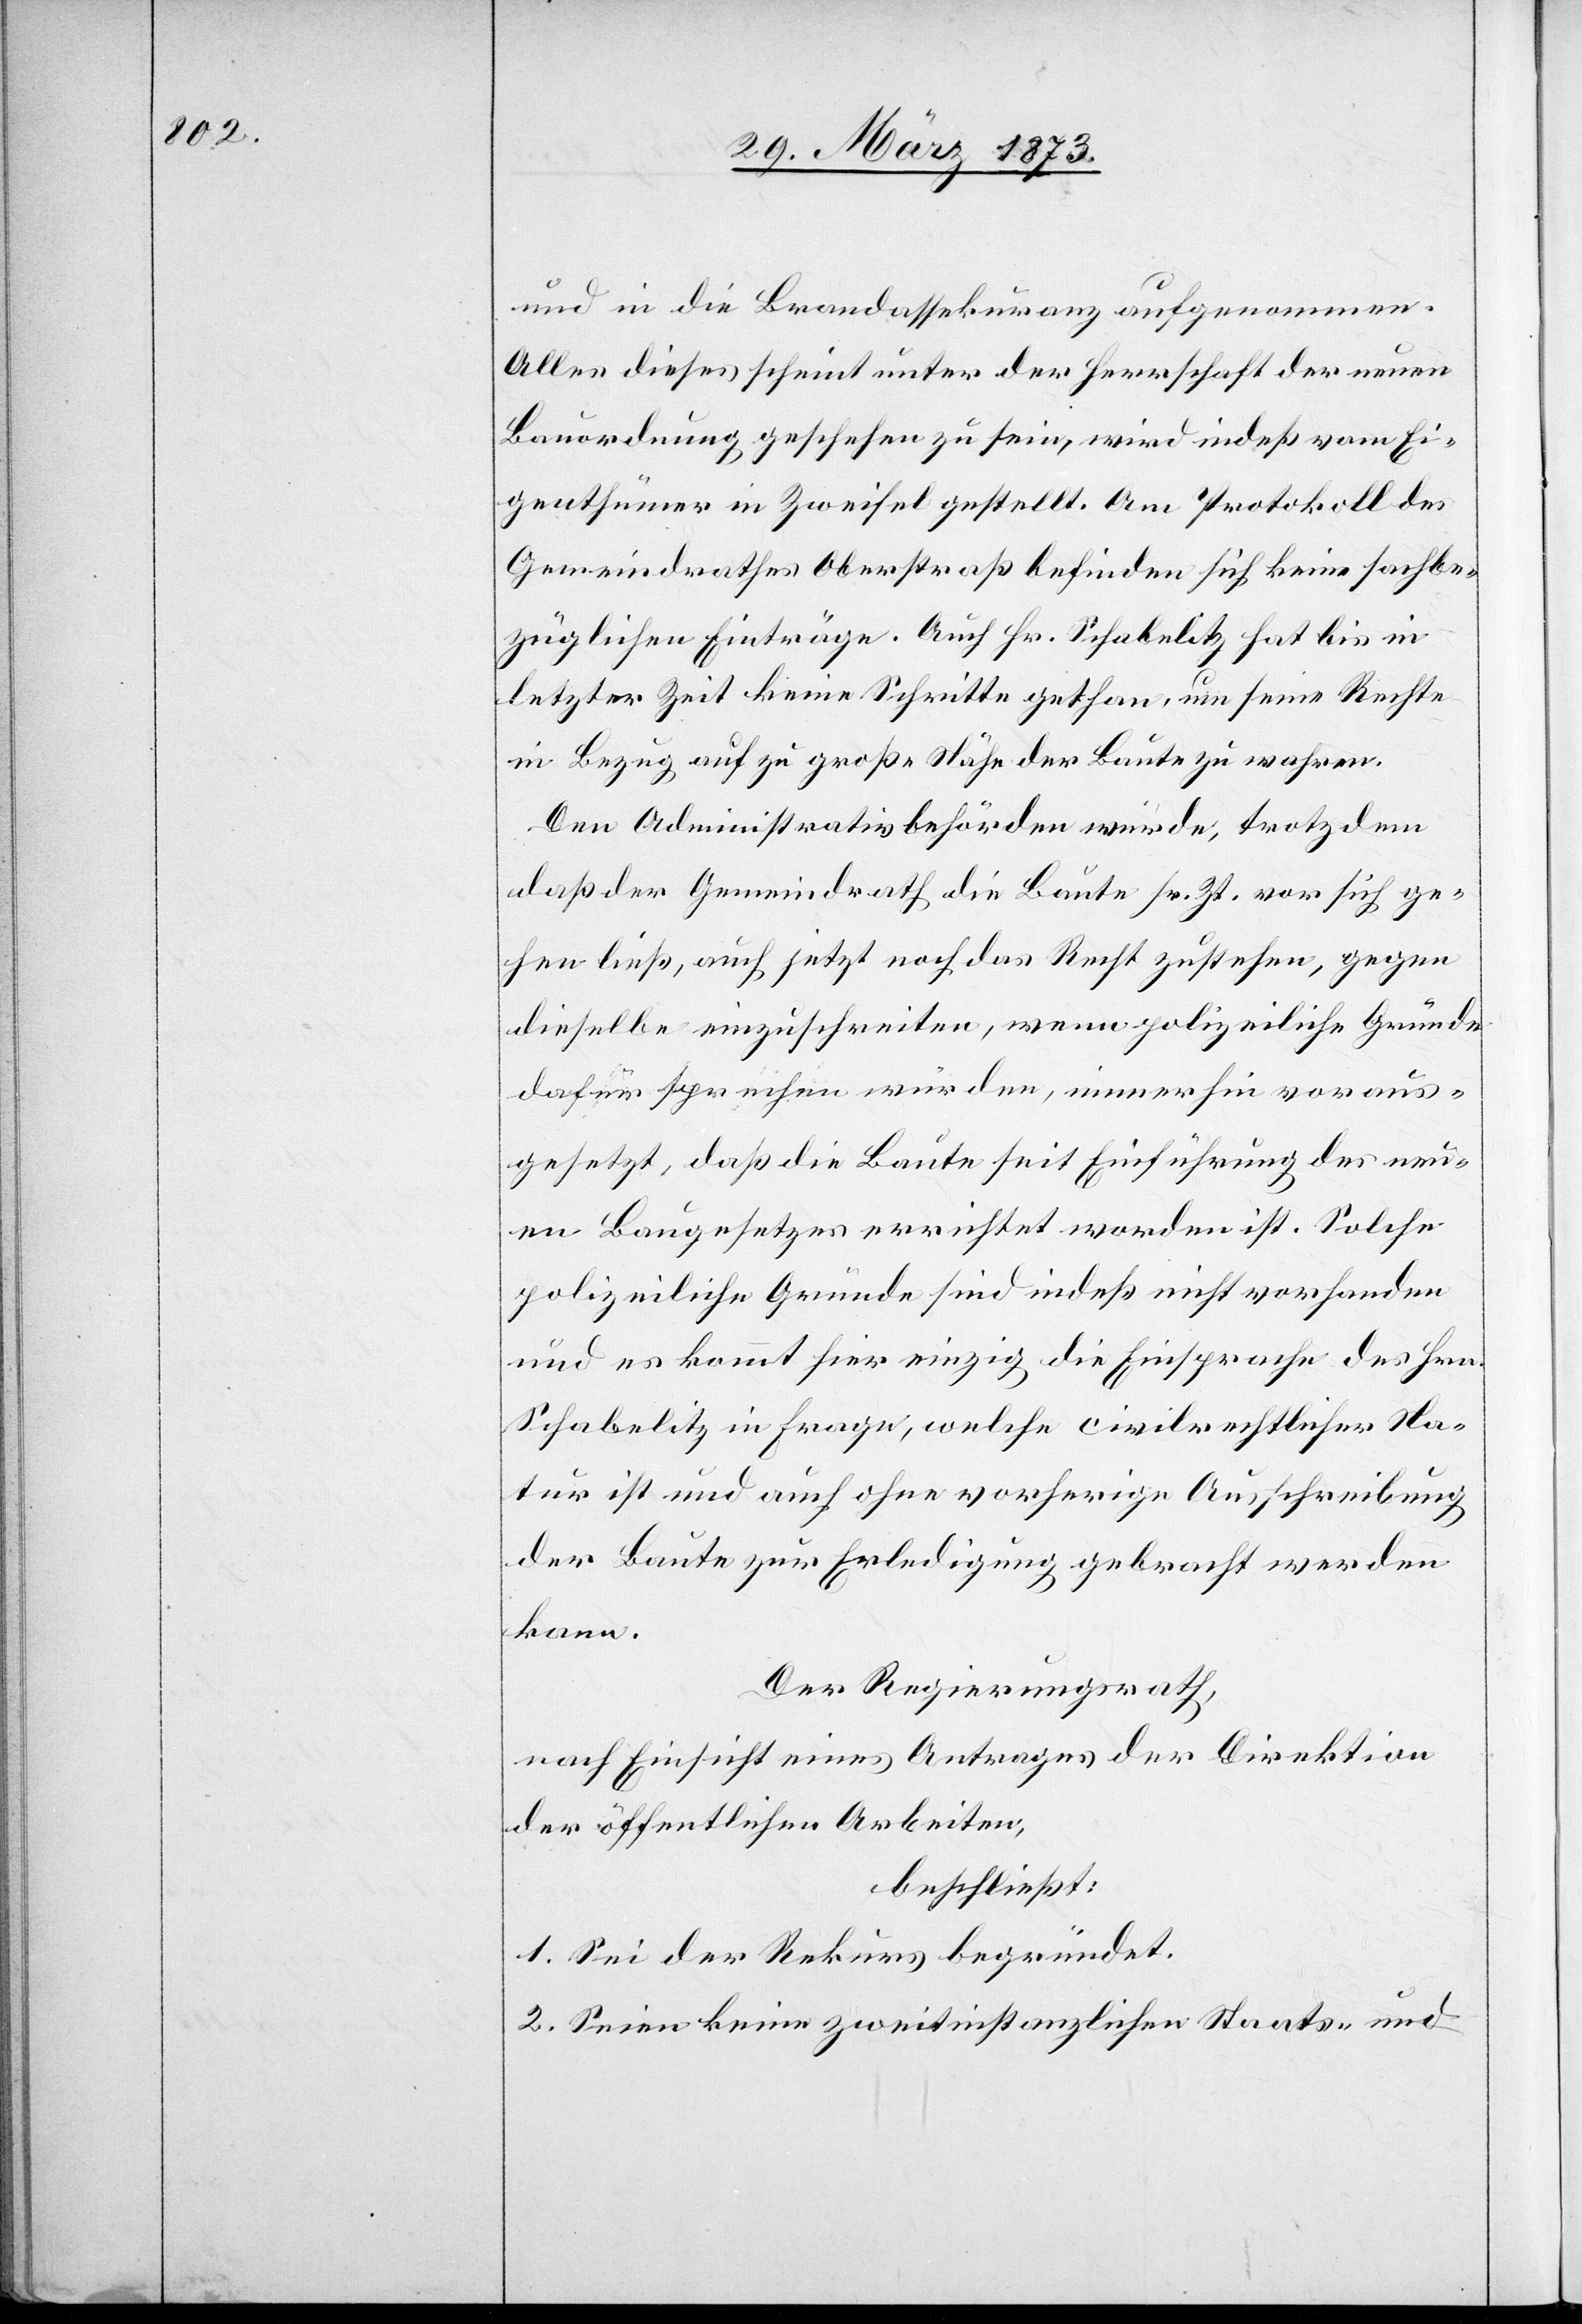
und in die Brandassekuranz aufgenommen.
Alles dieses scheint unter der Herrschaft der neuen
Bauordnung geschehen zu sein, wird indeß vom Ei¬
genthümer in Zweifel gestellt. Am Protokoll des
Gemeindrathes Oberstraß befinden sich keine sachbe¬
züglichen Einträge. Auch Hr. Schabelitz hat bis in
letzter Zeit keine Schritte gethan, um seine Rechte
in Bezug auf zu große Nähe der Baute zu wahren.
Den Administrativbehörden würde, trotzdem
daß der Gemeindrath die Baute sr. Zt. vor sich ge¬
hen ließ, auch jetzt noch das Recht zustehen, gegen
dieselbe einzuschreiten, wenn polizeiliche Gründe
dafür sprechen würden, immerhin voraus¬
gesetzt, daß die Baute seit Einführung des neu¬
en Baugesetzes errichtet worden ist. Solche
polizeiliche Gründe sind indeß nicht vorhanden
und es kommt hier einzig die Einsprache des Hrn.
Schabelitz in Frage, welche civilrechtlicher Na¬
tur ist und auch ohne vorherige Ausschreibung
der Baute zur Erledigung gebracht werden
kann.
Der Regierungsrath,
nach Einsicht eines Antrages der Direktion
der öffentlichen Arbeiten,
beschließt:
1. Sei der Rekurs begründet.
2. Seien keine zweitinstanzlichen Staats- und